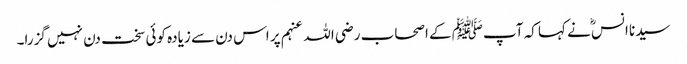
سیدنا انسؓ نے کہا کہ آپﷺ کے اصحاب رضی اللہ عنہم پر اس دن سے زیادہ کوئی سخت دن نہیں گزرا۔